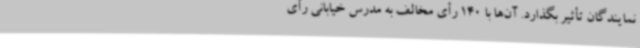
نمایندگان تأثیر بگذارد. آن‌ها با 140 رأی مخالف به مدرس خیابانی رأی